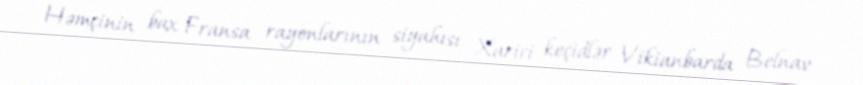
Həmçinin bax Fransa rayonlarının siyahısı Xarici keçidlər Vikianbarda Belnav